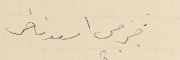
جرجس اسعد ناضر